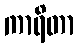
ကာရိတာ